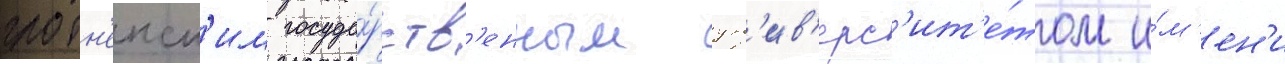
гродн'енск'им госуда́рств'енным ун'ив'ерс'ит'е́том и́м'ен'и